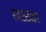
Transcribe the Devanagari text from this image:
एयरसाइड